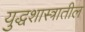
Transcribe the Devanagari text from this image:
युद्धशास्त्रातील